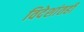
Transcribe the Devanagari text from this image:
विदेशांतही